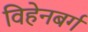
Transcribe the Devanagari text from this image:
विहेनबर्ग